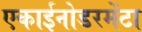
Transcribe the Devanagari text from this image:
एकाईनोडरमेंटा